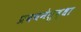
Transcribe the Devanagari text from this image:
प्रवचनेसुद्धा